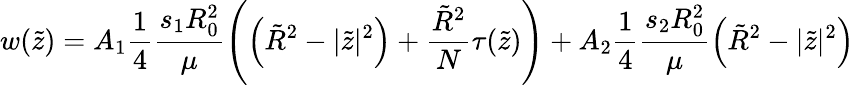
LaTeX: w(\tilde{z})=A_{1}\frac{1}{4}\frac{s_{1}R_{0}^{2}}{\mu}\left(\left(\tilde{R}^{2}-|\tilde{z}|^{2}\right)+\frac{\tilde{R}^{2}}{N}\tau(\tilde{z})\right)+A_{2}\frac{1}{4}\frac{s_{2}R_{0}^{2}}{\mu}\left(\tilde{R}^{2}-|\tilde{z}|^{2}\right)